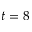
t = 8